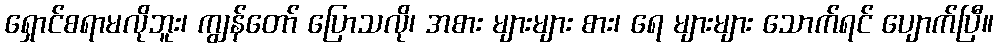
ရှောင်စရာမလိုဘူး၊ ကျွန်တော် ပြောသလို၊ အစား များများ စား၊ ရေ များများ သောက်ရင် ပျောက်ပြီ။